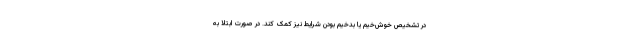
در تشخیص خوش‌خیم یا بدخیم بودن شرایط نیز کمک کند. در صورت ابتلا به